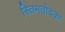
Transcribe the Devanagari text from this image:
स्तिमतोदका